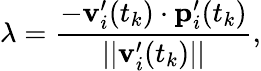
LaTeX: \lambda=\frac{-\mathbf{v}_{i}^{\prime}(t_{k})\cdot\mathbf{p}_{i}^{\prime}(t_{k})}{||\mathbf{v}_{i}^{\prime}(t_{k})||},